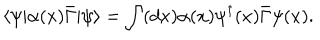
\langle \psi | \alpha ( x ) \bar { \Gamma } | \psi \rangle = \int ( d x ) \alpha ( x ) \psi ^ { \dagger } ( x ) \bar { \Gamma } \psi ( x ) .